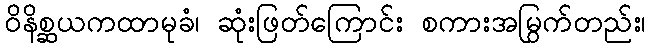
ဝိနိစ္ဆယကထာမုခံ၊ ဆုံးဖြတ်ကြောင်း စကားအမြွက်တည်း၊